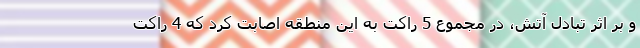
و بر اثر تبادل آتش، در مجموع 5 راکت به این منطقه اصابت کرد که 4 راکت